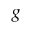
\boldsymbol { g }